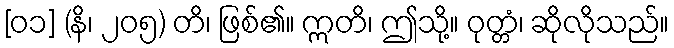
[၀၁] (နိ၊ ၂၀၅) တိ၊ ဖြစ်၏။ ဣတိ၊ ဤသို့။ ဝုတ္တံ၊ ဆိုလိုသည်။